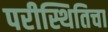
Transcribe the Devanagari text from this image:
परीस्थितिचा